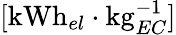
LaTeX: [\mathrm{kWh}_{el}\cdot\mathrm{kg}_{EC}^{-1}]